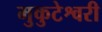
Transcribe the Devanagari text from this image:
मुकुटेश्वरी